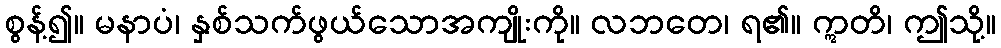
စွန့်၍။ မနာပံ၊ နှစ်သက်ဖွယ်သောအကျိုးကို။ လဘတေ၊ ရ၏။ ဣတိ၊ ဤသို့။